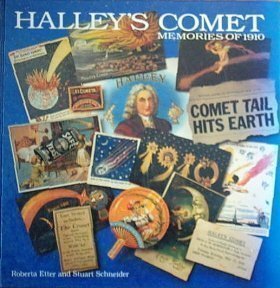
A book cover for Halley's Comet: Memories of 1910; Roberta B Etter; Science & Math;